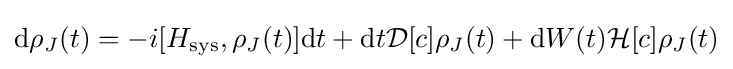
\mathrm {d} \rho _{J}(t)=-i[H_{\mathrm {sys} },\rho _{J}(t)]\mathrm {d} t+\mathrm {d} t{\mathcal {D}}[c]\rho _{J}(t)+\mathrm {d} W(t){\mathcal {H}}[c]\rho _{J}(t)